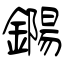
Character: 鐊